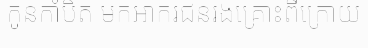
កូនកាំបិត មកអាករជនរងគ្រោះពីក្រោយ